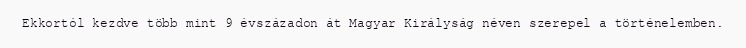
Ekkortól kezdve több mint 9 évszázadon át Magyar Királyság néven szerepel a történelemben.